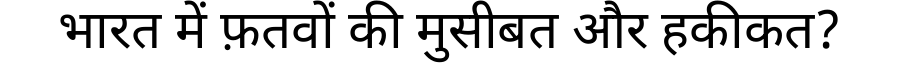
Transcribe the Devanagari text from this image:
भारत में फ़तवों की मुसीबत और हकीकत?